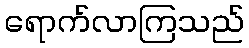
ရောက်လာကြသည်